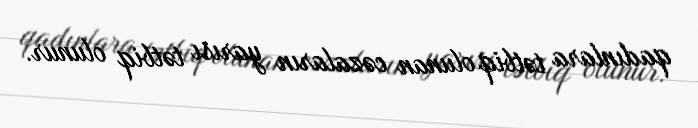
qadınlara tətbiq olunan cəzaların yarısı tətbiq olunur.